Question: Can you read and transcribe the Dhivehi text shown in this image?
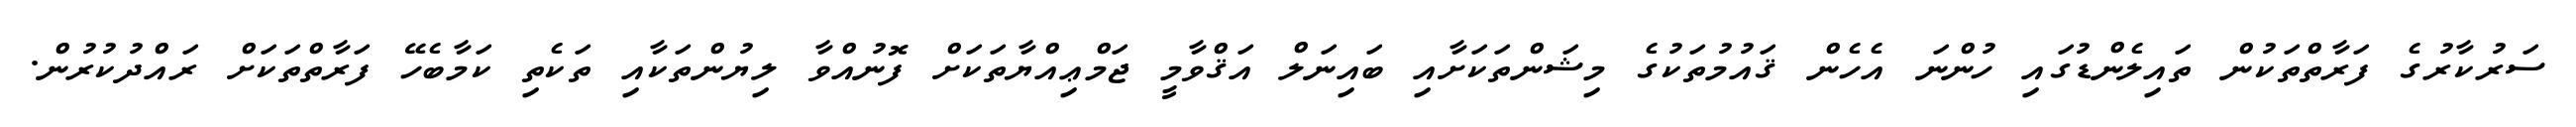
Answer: ސަރުކާރުގެ ފަރާތްތަކުން ތައިލެންޑުގައި ހުންނަ އެހެން ޤައުމުތަކުގެ މިޝަންތަކަށާއި ބައިނަލް އަޤްވާމީ ޖަމްޢިއްޔާތަކަށް ފޮނުއްވާ ލިޔުންތަކާއި ތަކެތި ކަމާބެހޭ ފަރާތްތަކަށް ރައްދުކުރުން.